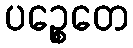
ပဉ္စေတေ